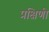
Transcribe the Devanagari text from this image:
प्रक्षिणी